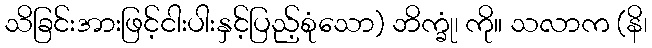
သိခြင်းအားဖြင့်ငါးပါးနှင့်ပြည့်စုံသော) ဘိက္ခုံ၊ ကို။ သလာက (နိ၊